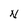
Character: N